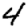
Digit: 4